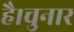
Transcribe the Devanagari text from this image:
है।चुनार